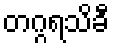
တဂ္ဂရသိခီ